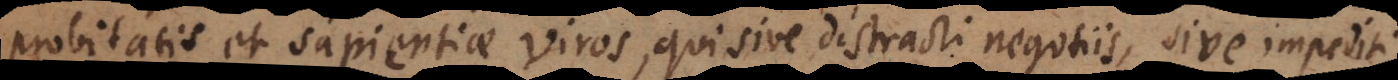
probitatis et sapientiae Viros, qui sive distracti negotiis, sive impediti